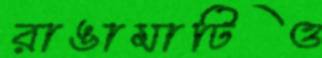
রাঙামাটিও